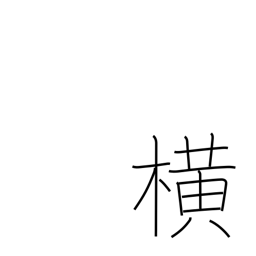
Meaning: side